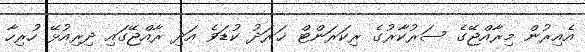
އެއިރުން މިރާއްޖޭގެ ސަރުކާރުގެ ރިކަރަންޓް ޚަރަދު ކުޑަވެ އަދި ރާއްޖޭގައި ދިރިއުޅޭ ހުރިހާ